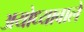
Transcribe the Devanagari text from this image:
अयोध्यावाले